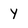
Character: Y